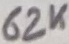
Text: 62K